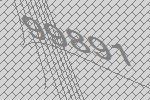
99891